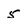
Character: 5